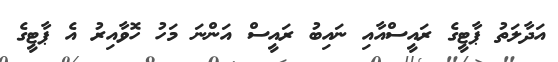
އަދާލަތު ޕާޓީގެ ރައީސްއާއި ނައިބު ރައީސް އަންނަ މަހު ހޮވާއިރު އެ ޕާޓީގެ